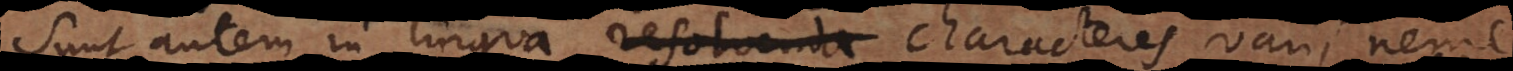
Sunt autem in lingua resolvenda characteres varii nem[p]e